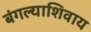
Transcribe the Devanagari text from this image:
बंगल्याशिवाय